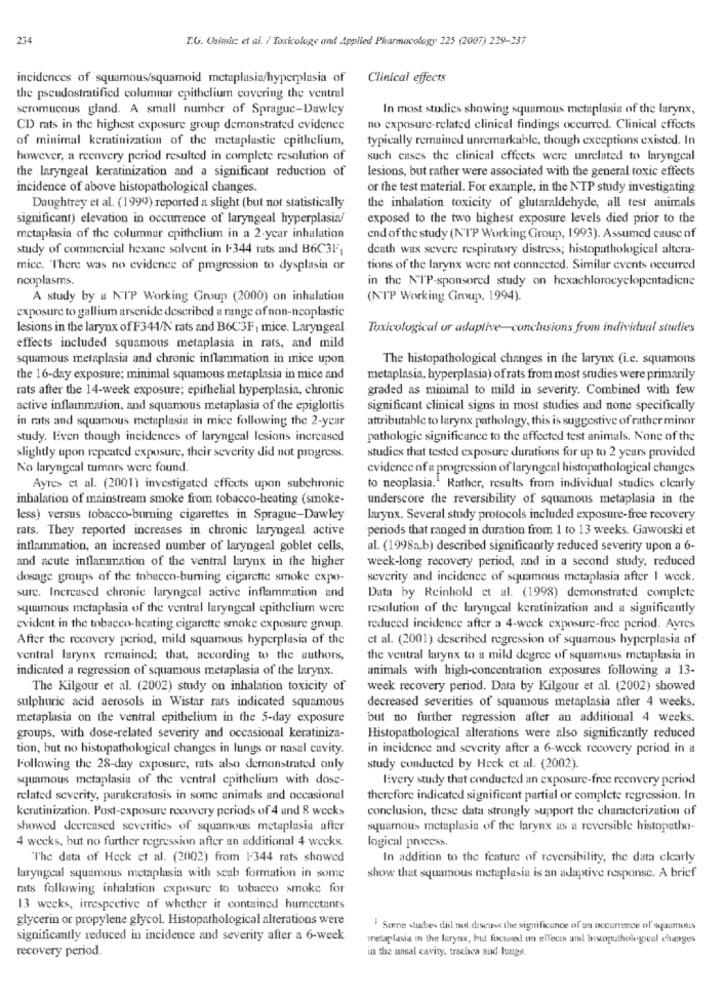
234
I.G. Osiein et al. / Toxicology and Applied Pharmacology 325 (2007) 229-337
incidences of squamous/squamoid metaplasia/hyperplasia of Clinical effects
the pseudostratified columnar epithelium covering the ventral
scromucous gland. A small number of Sprague-Dawley
In most studies showing squamous metaplasia of the larynx,
CD rats in the highest exposure group demonstrated evidence
no exposure-related clinical findings occurred. Clinical effects
of minimal keratinization of the metaplastic epithelium,
typically remained unremarkable, though exceptions existed. In
however, a reenvery period resulted in complete resolution of
such cases the clinical effects were unrelated to laryngeal
lesions, but rather were associated with the general toxic effects
the laryngeal keratinization and a significant reduction of
incidence of above histopathological changes
or the test material. For example, in the NTP study investigating
Daughtrey et al. (1999) reported a slight (but not statistically
the inhalation toxicity of glutaraldehyde, all test animals
significant) elevation in occurrence of laryngeal hyperplasia/
exposed to the two highest exposure levels died prior to the
metaplasia of the columnar epithelium in a 2-year inhalation
end of the study (NTP Working Group, 1993). Assumed cause of
study of commercial hexane solvent in 1-344 rats and B6C31,
death was severe respiratory distress; histopathological altera-
mice. "There was no evidence of progression to dysplasia or
tions of the larynx were not connected. Similar events occurred
ncoplasms.
in the NIP-sponsored study on hexachlorocyclopentadicne
A study by a NIP Working Group (2000) on inhalation
(NTP Working Cimup, 1994).
exposure to gallium arsenide described a range of non-neoplastic
lesions in the larynx of F344/N rats and B6C3F, mice. Laryngeal
Toxicological or adaptive-conclusions from individual stuties
effects included squamous metaplasia in rats, and mild
squamous metaplasia and chronic inflammation in mice upon
The histopathological changes in the larynx (i.e. squamous
the 16-day exposure; minimal squamous metaplasia in mice and
metaplasia, hyperplasia) ofrats from most studies were primarily
rats after the 14-week exposure; epithelial hyperplasia, chronic
graded as minimal to mild in severity. Combined with few
active inflammation, and squamous metaplasia of the epiglottis
significant clinical signs in most studies and none specifically
in rats and squamous metaplasia in mice following the 2-year
attributable to larynx pathology, this is suggestive of rather minor
study. liven though incidences of laryngeal Icsions increased
pathologie significance to the affected test animals. None of the
studies that tested exposure durations for up to 2 years provided
slightly upon repeated exposure, their severity did not progress.
No laryngeal tumors were found.
evidence of a progression of laryngeal histopathological changes
Ayres et al. (2001) investigated effects upon subchronic
to neoplasia." Rather, results from individual studies clearly
inhalation of mainstream smoke from tobacco-heating (smoke-
underscore the reversibility of squamous metaplasia in the
less) versus tobacco-buming cigarettes in Sprague-Dawley
larynx. Several study protocols included exposure-free recovery
rats. They reported increases in chronic laryngeal active
periods that ranged in duration from 1 to 13 weeks. Gaworski et
inflammation, an increased number of laryngeal goblet cells,
al. (1998a,b) described significantly reduced severity upon a 6-
week-long recovery period, and in a second study, reduced
and acute inflammation of the ventral larynx in the higher
dosage groups of the tobacen-burning cigarette smoke expo-
severity and incidence of squamous metaplasia after 1 weck.
sure. Increased chronic laryngeal active inflammation and
Data by Reinholdl et al. (1998) demonstrated complete
squamous metaplasia of the ventral laryngeal epithelium were
resolution of the laryngeal keratinization and a significantly
evident in the tobacco-heating cigarette smoke exposure group.
reduced incidence after a 4-week exposure-free period. Ayres
After the recovery period, mild squamous hyperplasia of the
et al. (2001) described regression of squamous hyperplasia of
ventral larynx remained; that, according to the authors,
the ventral larynx to a mild degree of squamous metaplasia in
indicated a regression of squamous metaplasia of the larynx.
animals with high-concentration exposures following a 13-
The Kilgour et al. (2002) study on inhalation toxicity of
week recovery period. Data by Kilgour et al. (2002) showed
sulphuric acid aerosols in Wistar rats indicated squamous
decreased severities of squamous metaplasia after 4 weeks,
metaplasia on the ventral epithelium in the 5-day exposure
but no further regression after an additional 4 weeks.
groups, with dose-related severity and occasional keratiniza-
Histopathological alterations were also significantly reduced
tion, but no histopathological changes in lungs or nasal cavity.
in incidence and severity after a 6-week recovery period in a
Following the 28-day exposure, rats also demonstrated only
study conducted by Heck et al. (2002).
squamous metaplasia of the ventral epithelium with dose-
livery study that conducted an exposure-free reenvery period
related severity, parakeratosis in some animals and occasional
therefore indicated significant partial or complete regression. In
keratinization. Post-exposure recovery periods of 4 and 8 weeks
conclusion, these data strongly support the characterization of
showed decreased severities of squamous metaplasia after
squamous metaplasia of the larynx as a reversible histopatho-
4 weeks, hut no further regression after an additional 4 weeks.
logical process.
The data of Heck et al. (2002) from 1-344 rats showed
In addition to the feature of reversibility, the data elcarly
laryngeal squamous metaplasia with scab formation in some
show that squamous metaplasia is an adaptive response. A brief
rats following inhalation exposure to tobacco smoke for
13 weeks, irrespective of whether it contained humectants
glycerin or propylene glycol. Histopathological alterations were
! Sine stuche did not discut the significance of an occurrence of squamous
significantly reduced in incidence and severity after a 6-week
metaplasia in the lurynx, hud focted un effects and histopathological changes
recovery period.
in the nasal cavity, trachea and lunge.